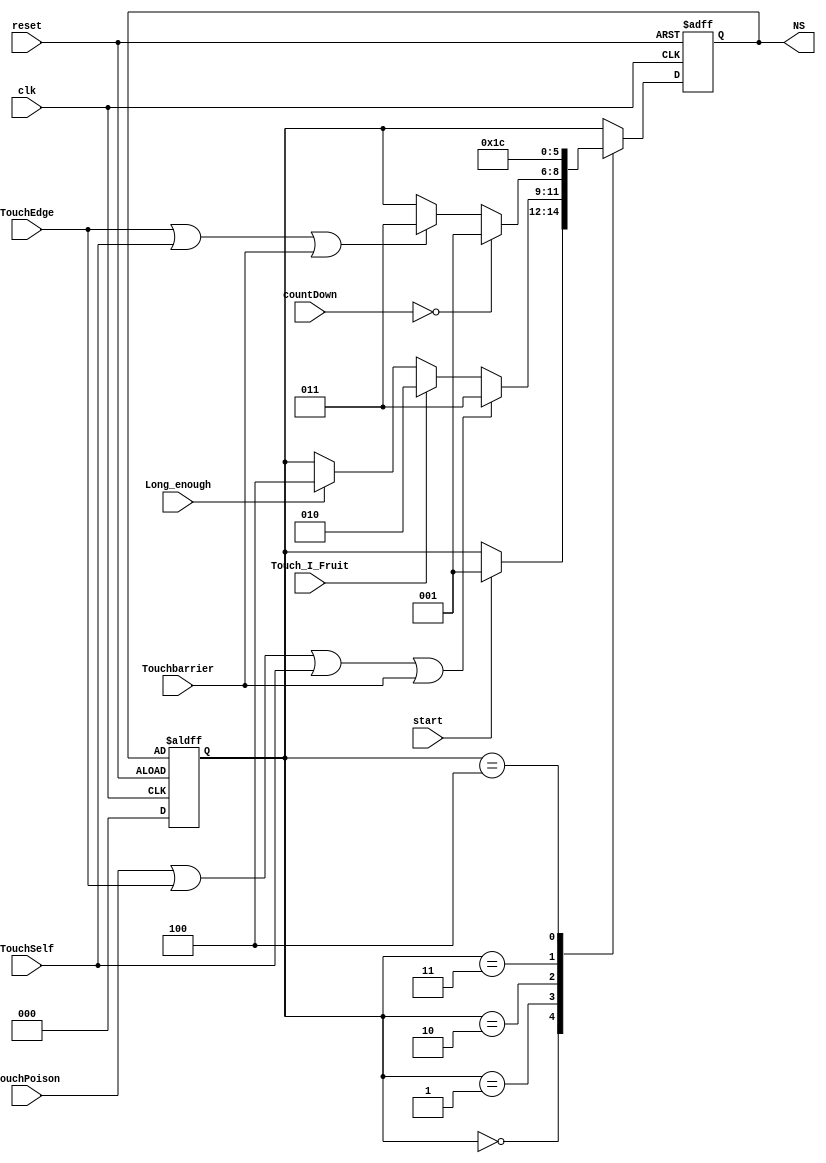
module state(NS, reset, clk, start, Long_enough, TouchEdge, TouchPoison, TouchSelf, Touch_I_Fruit, Touchbarrier, countDown);
input reset, clk, start, Long_enough, TouchEdge, TouchPoison, TouchSelf, Touch_I_Fruit, Touchbarrier;
input [2:0] countDown;
output reg [2:0]NS;
reg [2:0]CS;
parameter Init = 3'b000, Basic = 3'b001, Invincible = 3'b010, Dead = 3'b011, Win = 3'b100;
always @(posedge clk or posedge reset) begin
    if (!reset)
        CS <= Init;
    else
        CS <= NS;
end
always @(posedge  clk or negedge reset) begin
    if(!reset)
        NS <= Init;
    else
    begin
        case (CS)
            Init: begin
                if(start)
                    NS <= Basic;
                else 
                    NS <= CS;
            end
            Basic: begin
                if(TouchPoison || TouchEdge || TouchSelf || Touchbarrier)
                    NS <= Dead;
                else if(Touch_I_Fruit)
                    NS <= Invincible;
                else if(Long_enough)
                    NS <= Win;
                else
                    NS <= CS;
            end
            Invincible: begin
                if(Long_enough)
                    NS <= Win;
                if(countDown == 0)
                begin
                    NS <= Basic;
                end
                else if(TouchEdge || TouchSelf || Touchbarrier)
                    NS <= Dead;
                else
                    NS <= CS;
            end
            Dead: begin
                    NS <= Dead;
            end
            Win: begin
                    NS <= Win;
            end
            default: begin
                    NS <= CS;
            end
        endcase
    end
end
endmodule